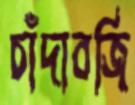
চাঁদাবজি